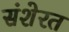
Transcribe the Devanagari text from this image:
संशेरत